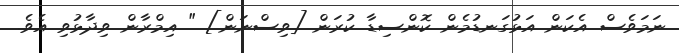
ނަމަވެސް އެކަން އަޅުގަނޑުމެން ކޮންސިޑާ ކުރަން [ވިސްނަން] " އިމްރާން ވިދާޅުވި އެވެ.